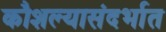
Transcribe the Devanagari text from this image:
कौशल्यासंदर्भात